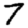
Digit: 7